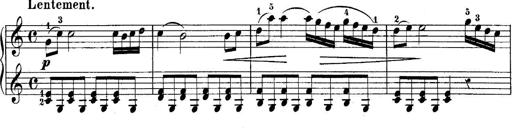
Title: 10 Sonatines progressives
Composer: Anton Schmoll